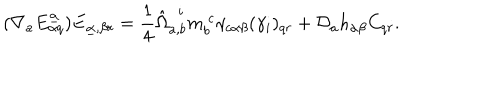
( \nabla _ { a } E _ { \alpha q } ^ { \underline { { \alpha } } } ) E _ { \underline { { \alpha } } , \beta r } = { \frac { 1 } { 4 } } \hat { \Omega } _ { a , b } ^ { ~ ~ i } m _ { b } ^ { ~ c } \gamma _ { c \alpha \beta } ( \gamma _ { i } ) _ { q r } + { \cal D } _ { a } h _ { \alpha \beta } C _ { q r } .